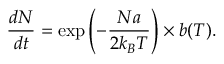
\frac { d N } { d t } = \exp \left( - \frac { N a } { 2 k _ { B } T } \right) \times b ( T ) .